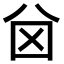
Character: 𠔋